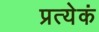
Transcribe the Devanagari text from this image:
प्रत्येकं